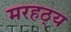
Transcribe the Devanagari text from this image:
मरहठ्य